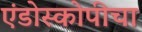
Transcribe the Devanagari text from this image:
एंडोस्कोपीचा